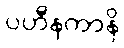
ပဟီနကာနိ